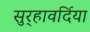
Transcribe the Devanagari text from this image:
सुर्‍हावर्दिया